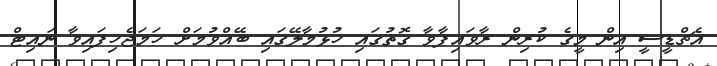
އެޗްޑީސީ އިން މީގެ ކުރިން ރާވައިފާވާ ގޮތުގައި ހުޅުމާލޭގައި ބޭއްވުމަށް ހަމަޖެހިފައިވާ ނައިޓް